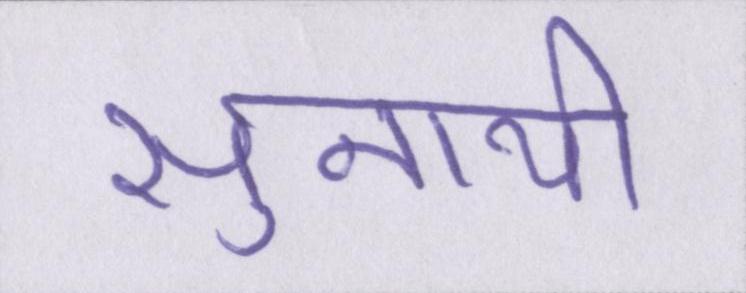
सुनायी